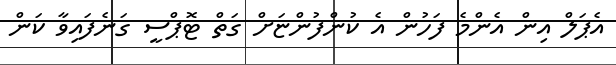
އެޕަލް އިން އެންމެ ފަހުން އެ ކުންފުންޏަށް ގަތް ޓޮޕްސީ ގަނެފައިވާ ކަން